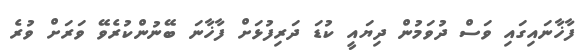
ފާޚާނައިގައި ވަސް ދުވަމުން ދިޔައީ ކުޑަ ދަރިފުޅަށް ފާޚާނަ ބޭނުންކުރެވޭ ވަރަށް ވުރެ